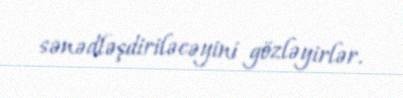
sənədləşdiriləcəyini gözləyirlər.